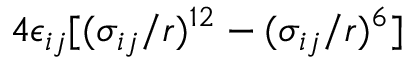
4 \epsilon _ { i j } [ ( \sigma _ { i j } / r ) ^ { 1 2 } - ( \sigma _ { i j } / r ) ^ { 6 } ]